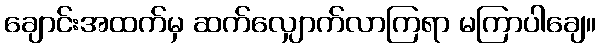
ချောင်းအထက်မှ ဆက်လျှောက်လာကြရာ မကြာပါချေ။